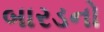
બારડનો